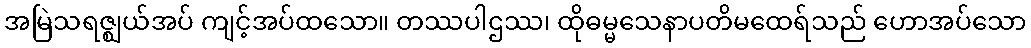
အမြဲသရဇ္ဈယ်အပ် ကျင့်အပ်ထသော။ တဿပါဌဿ၊ ထိုဓမ္မသေနာပတိမထေရ်သည် ဟောအပ်သော